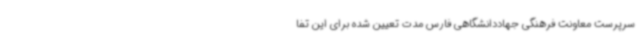
سرپرست معاونت فرهنگی جهاددانشگاهی فارس مدت تعیین شده برای این تفا